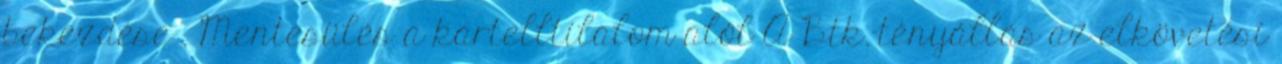
bekezdése . Mentesülés a kartelltilalom alól A Btk.-tényállás az elkövetési